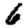
Digit: 6